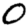
Digit: 0